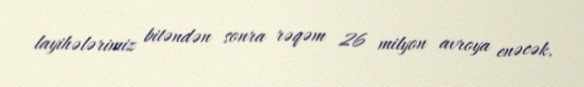
layihələrimiz bitəndən sonra rəqəm 26 milyon avroya enəcək.